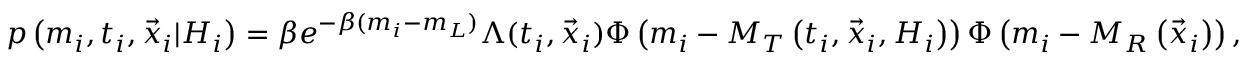
p \left( m _ { i } , t _ { i } , \vec { x } _ { i } \vert { \cal H } _ { i } \right) = \beta e ^ { - \beta ( m _ { i } - m _ { L } ) } \Lambda ( t _ { i } , \vec { x } _ { i } ) \Phi \left( m _ { i } - M _ { T } \left( t _ { i } , \vec { x } _ { i } , { \cal H } _ { i } \right) \right) \Phi \left( m _ { i } - M _ { R } \left( \vec { x } _ { i } \right) \right) ,